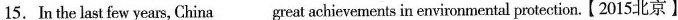
15. In the last few years, China___great achievements in environmental protection. 【 2015:北京】